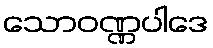
သောဝဏ္ဏပါဒေ